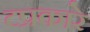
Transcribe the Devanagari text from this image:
टप्रकारे